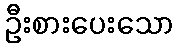
ဦးစားပေးသော